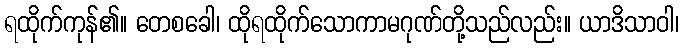
ရထိုက်ကုန်၏။ တေစခေါ၊ ထိုရထိုက်သောကာမဂုဏ်တို့သည်လည်း။ ယာဒိသာဝါ၊